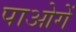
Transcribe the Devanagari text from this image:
पाओगें